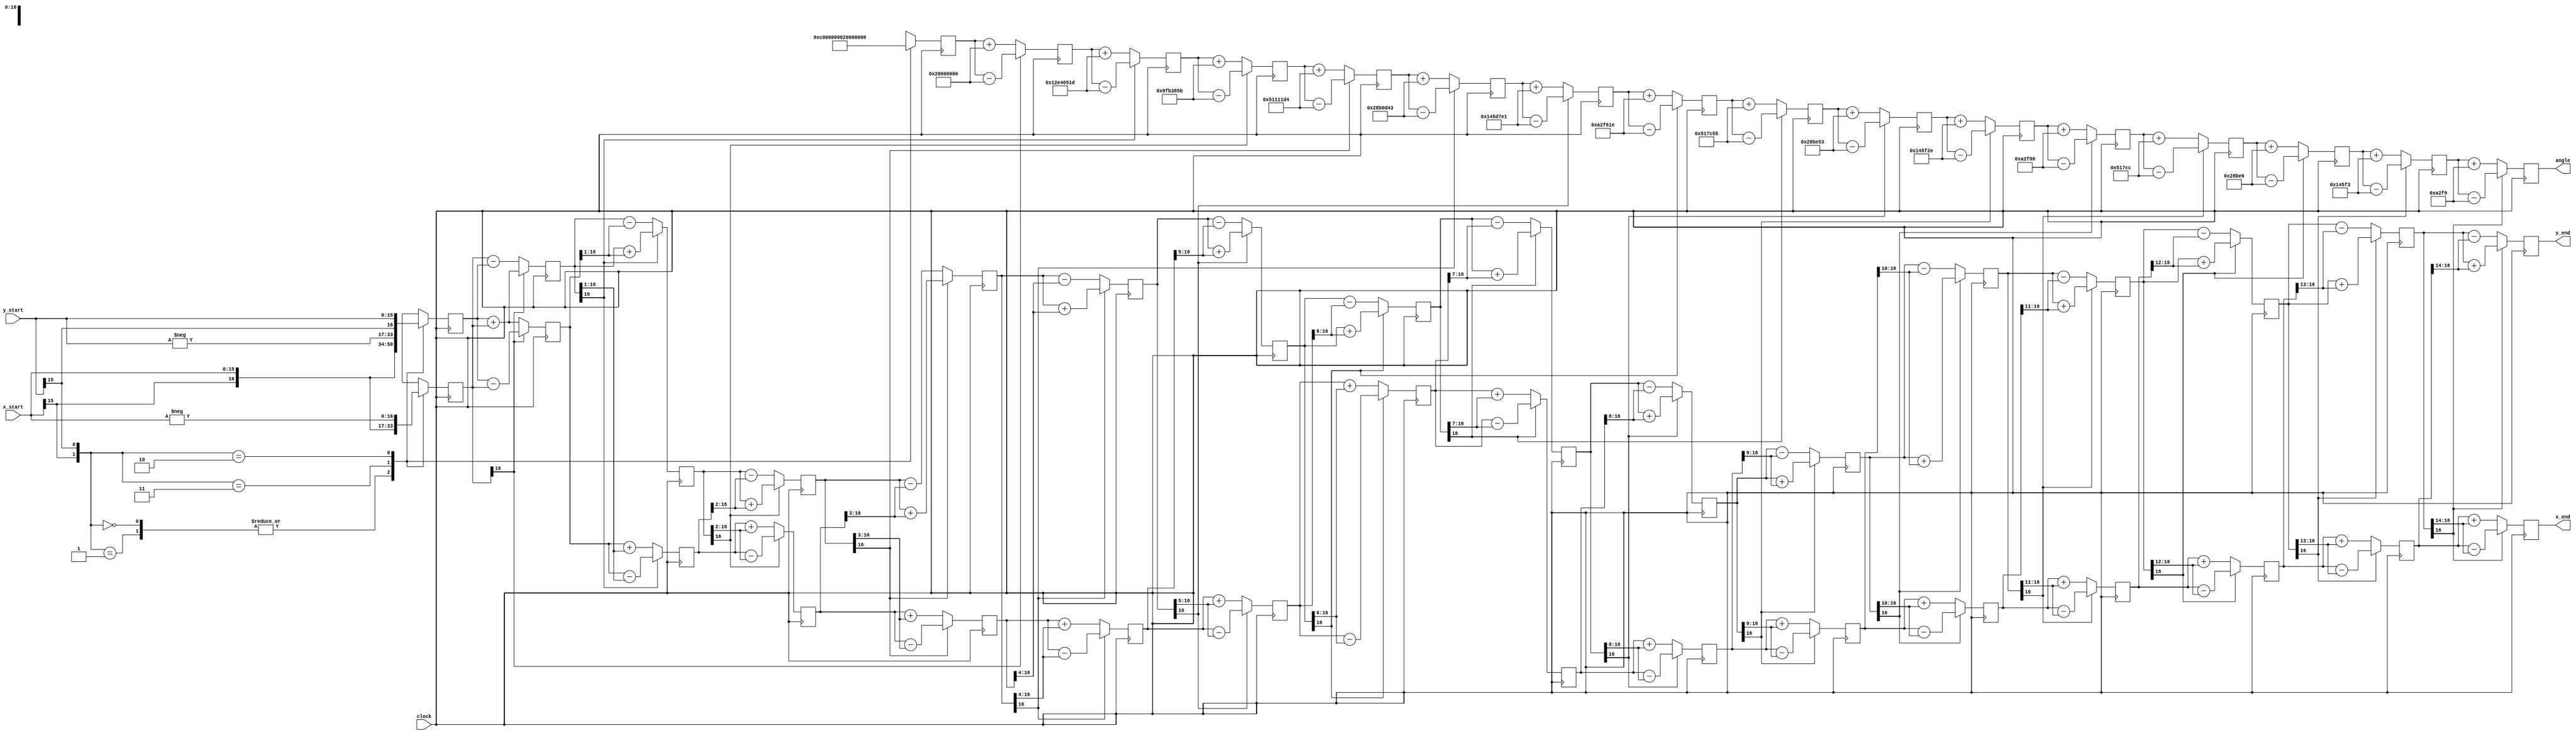
`timescale 1ns / 1ps
//////////////////////////////////////////////////////////////////////////////////
// Company: 
// Engineer: 
// 
// Design Name: 
// Module Name:    CORDIC_V 
// Project Name: 
// Target Devices: 
// Tool versions: 
// Description: 
//
// Dependencies: 
//
// Revision: 
// Revision 0.01 - File Created
// Additional Comments: 
//
//////////////////////////////////////////////////////////////////////////////////

module CORDIC_V(clock, x_start, y_start, x_end, y_end, angle);

  parameter width = 16;

  // Inputs
  input clock;
  input signed [width-1:0] x_start,y_start; 
  
  // Outputs
  output signed [31:0] angle;
  output signed [width:0] x_end,y_end;
  // Generate table of atan values
  wire signed [31:0] atan_table [0:30];
                          
  assign atan_table[00] = 'b00100000000000000000000000000000; // 45.000 degrees -> atan(2^0)
  assign atan_table[01] = 'b00010010111001000000010100011101; // 26.565 degrees -> atan(2^-1)
  assign atan_table[02] = 'b00001001111110110011100001011011; // 14.036 degrees -> atan(2^-2)
  assign atan_table[03] = 'b00000101000100010001000111010100; // atan(2^-3)
  assign atan_table[04] = 'b00000010100010110000110101000011;
  assign atan_table[05] = 'b00000001010001011101011111100001;
  assign atan_table[06] = 'b00000000101000101111011000011110;
  assign atan_table[07] = 'b00000000010100010111110001010101;
  assign atan_table[08] = 'b00000000001010001011111001010011;
  assign atan_table[09] = 'b00000000000101000101111100101110;
  assign atan_table[10] = 'b00000000000010100010111110011000;
  assign atan_table[11] = 'b00000000000001010001011111001100;
  assign atan_table[12] = 'b00000000000000101000101111100110;
  assign atan_table[13] = 'b00000000000000010100010111110011;
  assign atan_table[14] = 'b00000000000000001010001011111001;
  assign atan_table[15] = 'b00000000000000000101000101111100;
  assign atan_table[16] = 'b00000000000000000010100010111110;
  assign atan_table[17] = 'b00000000000000000001010001011111;
  assign atan_table[18] = 'b00000000000000000000101000101111;
  assign atan_table[19] = 'b00000000000000000000010100010111;
  assign atan_table[20] = 'b00000000000000000000001010001011;
  assign atan_table[21] = 'b00000000000000000000000101000101;
  assign atan_table[22] = 'b00000000000000000000000010100010;
  assign atan_table[23] = 'b00000000000000000000000001010001;
  assign atan_table[24] = 'b00000000000000000000000000101000;
  assign atan_table[25] = 'b00000000000000000000000000010100;
  assign atan_table[26] = 'b00000000000000000000000000001010;
  assign atan_table[27] = 'b00000000000000000000000000000101;
  assign atan_table[28] = 'b00000000000000000000000000000010;
  assign atan_table[29] = 'b00000000000000000000000000000001;
  assign atan_table[30] = 'b00000000000000000000000000000000;

  reg signed [width:0] x [0:width-1];
  reg signed [width:0] y [0:width-1];
  reg signed    [31:0] z [0:width-1];


  // make sure rotation angle is in -pi/2 to pi/2 range
  wire [1:0] quadrant;
  assign quadrant = {x_start[width-1],y_start[width-1]};


  always @(posedge clock)
  begin // make sure the rotation angle is in the -pi/2 to pi/2 range
    case(quadrant)
      2'b00,
      2'b01: // no changes needed for these quadrants
      begin
        x[0] <= x_start;
        y[0] <= y_start;
        z[0] <= 32'd0;
		  //$display("nonononononono!!!!!");
      end

      2'b11:
      begin
        x[0] <= -y_start;
        y[0] <= x_start;
        z[0] <= 32'b11000000000000000000000000000000; // subtract pi/2 for angle in this quadrant
      end

      2'b10:
      begin
        x[0] <= y_start;
        y[0] <= -x_start;
        z[0] <= 32'b0100000000000000000000000000000; // add pi/2 to angles in this quadrant
      end
    endcase
  end


  // run through iterations
  genvar i;

  generate
  for (i=0; i < (width-1); i=i+1)
  begin: xyz
    wire y_sign;
    wire signed [width:0] x_shr, y_shr;

    assign x_shr = x[i] >>> i; // signed shift right
    assign y_shr = y[i] >>> i;

    //the sign of the current rotation angle
    assign y_sign = y[i][width];

    always @(posedge clock)
    begin
      // add/subtract shifted data
      x[i+1] <= y_sign ? x[i] - y_shr : x[i] + y_shr;
      y[i+1] <= y_sign ? y[i] + x_shr : y[i] - x_shr;
      z[i+1] <= y_sign ? z[i] - atan_table[i] : z[i] + atan_table[i];
    end
  end
  endgenerate

  // assign output
  assign angle = z[width-1];
  assign x_end = x[width-1];
  assign y_end = y[width-1];

endmodule